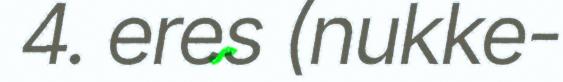
4. eres (nukke-